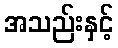
အသည်းနှင့်